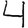
Digit: 4